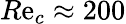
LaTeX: R\mathrm{e}_{c}\approx200